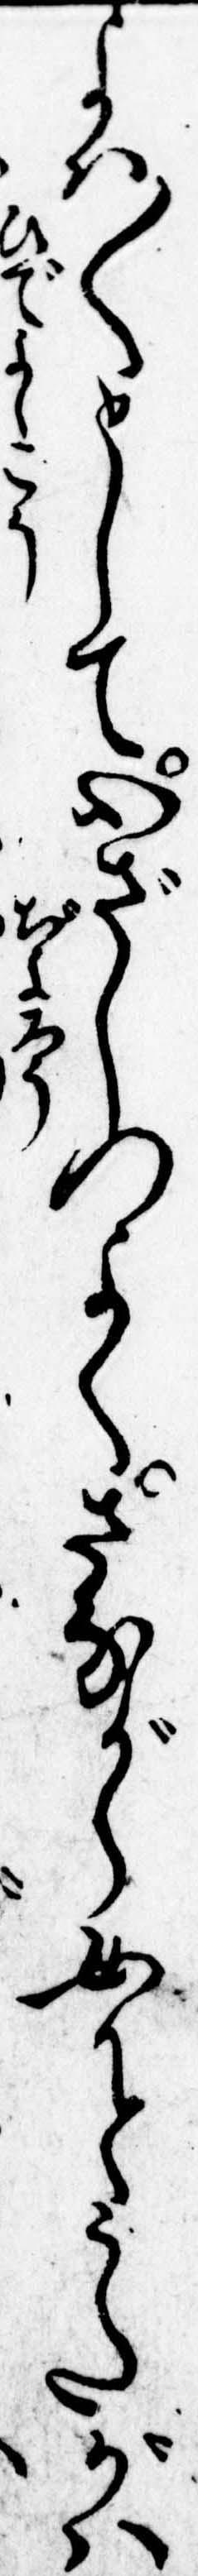
よは〱として心ざしつよくさながら女かとうたがは